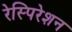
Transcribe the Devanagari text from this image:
रेस्पिरेशन